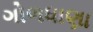
ગોળધાણા